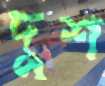
দুশ